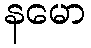
နမော